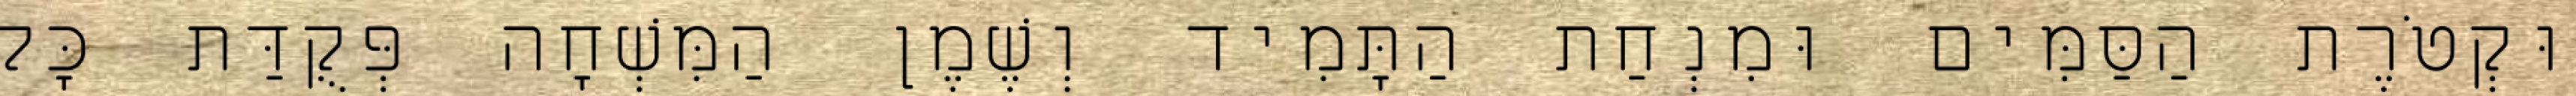
וּקְטֹרֶת הַסַּמִּים וּמִנְחַת הַתָּמִיד וְשֶׁמֶן הַמִּשְׁחָה פְּקֻדַּת כָּל